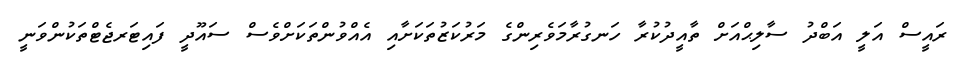
ރައީސް އަލީ އަބްދު ސާލިޙްއަށް ތާއީދުކުރާ ހަނގުރާމަވެރިންގެ މަރުކަޒުތަކަށާއި އެއްވުންތަކަށްވެސް ސައޫދީ ފައިޓަރޖެޓްތަކުންވަނީ